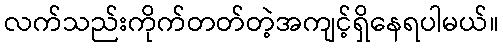
လက်သည်းကိုက်တတ်တဲ့အကျင့်ရှိနေရပါမယ်။